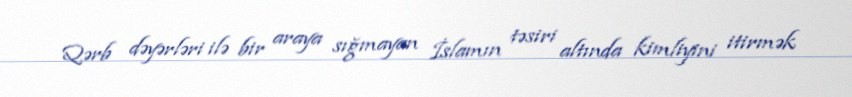
Qərb dəyərləri ilə bir araya sığmayan İslamın təsiri altında kimliyini itirmək